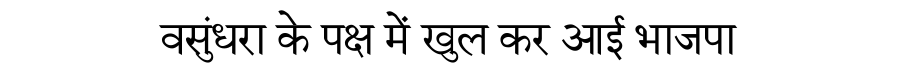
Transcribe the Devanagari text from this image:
वसुंधरा के पक्ष में खुल कर आई भाजपा